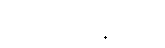
ပြိတ္တာဖြစ်နေကြပုံ။